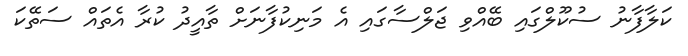
ކަލާފާނު ސުކޫލްގައި ބޭއްވި ޖަލްސާގައި އެ މަނިކުފާނަށް ތާއީދު ކުރާ އެތައް ސަތޭކަ